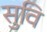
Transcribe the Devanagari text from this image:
सुवि